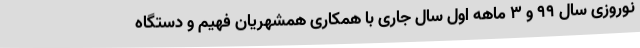
نوروزی سال 99 و 3 ماهه اول سال جاری با همکاری همشهریان فهیم و دستگاه